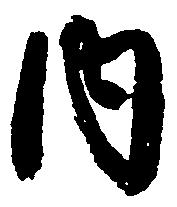
内